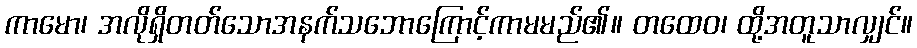
ကာမော၊ အလိုရှိတတ်သောအနက်သဘောကြောင့်ကာမမည်၏။ တထေဝ၊ ထို့အတူသာလျှင်။